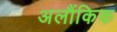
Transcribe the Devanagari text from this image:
अलौंकिक